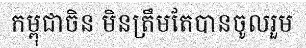
កម្ពុជាចិន មិនត្រឹមតែបានចូលរួម